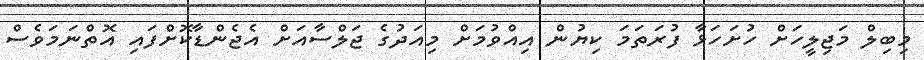
މިބިލް މަޖިލީހަށް ހުށަހަޅާ ފުރަތަމަ ކިޔުން އިއްވުމަށް މިއަދުގެ ޖަލްސާއަށް އެޖެންޑާކޮށްފައި އޮތްނަމަވެސް